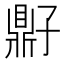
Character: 𫜠